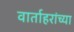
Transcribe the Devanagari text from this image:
वार्ताहरांच्या